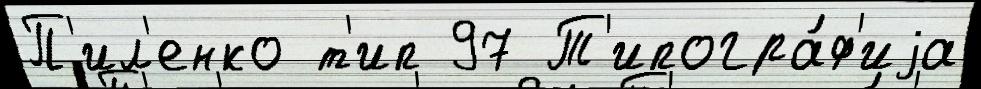
П'ил'енко т'ип 97 Т'ипогра́ф'иjа